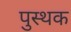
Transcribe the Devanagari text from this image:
पुस्थक